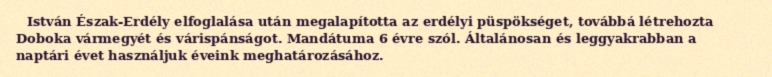
István Észak-Erdély elfoglalása után megalapította az erdélyi püspökséget, továbbá létrehozta Doboka vármegyét és várispánságot. Mandátuma 6 évre szól. Általánosan és leggyakrabban a naptári évet használjuk éveink meghatározásához.